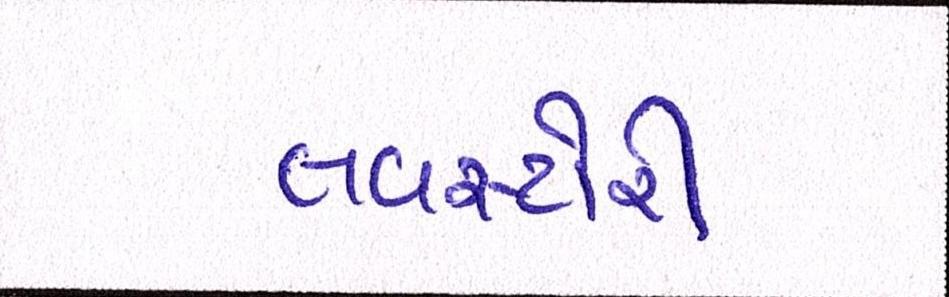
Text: લવસ્ટોરી